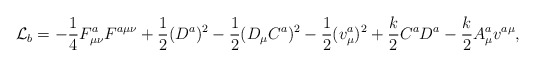
\begin{align*}{\cal L}_b=-\frac{1}{4}F_{\mu\nu}^{a}F^{a\mu\nu}+\frac{1}{2}(D^{a})^2-\frac{1}{2}(D_{\mu}C^a)^2-\frac{1}{2}(v^a_{\mu})^2+\frac{k}{2}C^a D^a-\frac{k}{2}A_{\mu}^a v^{a\mu},\end{align*}